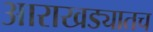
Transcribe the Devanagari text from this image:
आराखड्यातच